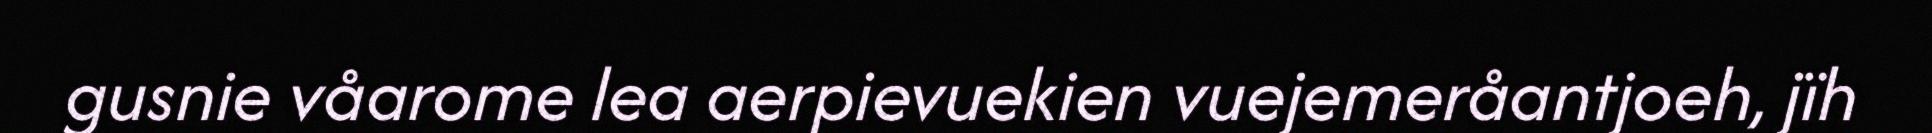
gusnie våarome lea aerpievuekien vuejemeråantjoeh, jïh